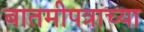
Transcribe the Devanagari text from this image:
बातमीपत्राच्या